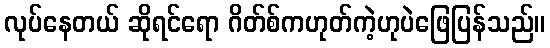
လုပ်နေတယ် ဆိုရင်ရော ဂိတ်စ်ကဟုတ်ကဲ့ဟုပဲဖြေပြန်သည်။